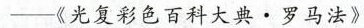
-----《光复彩色百科大典。罗马法》